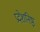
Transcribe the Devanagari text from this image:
प्रदेशनिष्ठ्